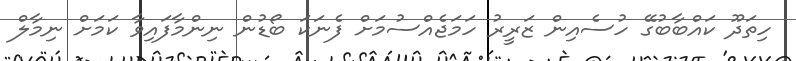
ހިތަދޫ ކައްބާބުގޭ ހުސެއިން ޒަރީރު ހަމަޖެއްސުމަށް ފެނަކަ ބޯޑުން ނިންމާފައިވާ ކަމަށް ނިމާލް